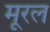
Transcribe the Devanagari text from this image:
मूरल